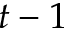
t - 1